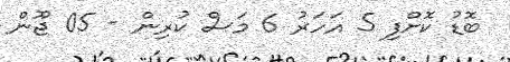
ބޮޑު ކޮށްފި 5 އަހަރު 6 މަސް ކުރިން - 05 ޖޫން